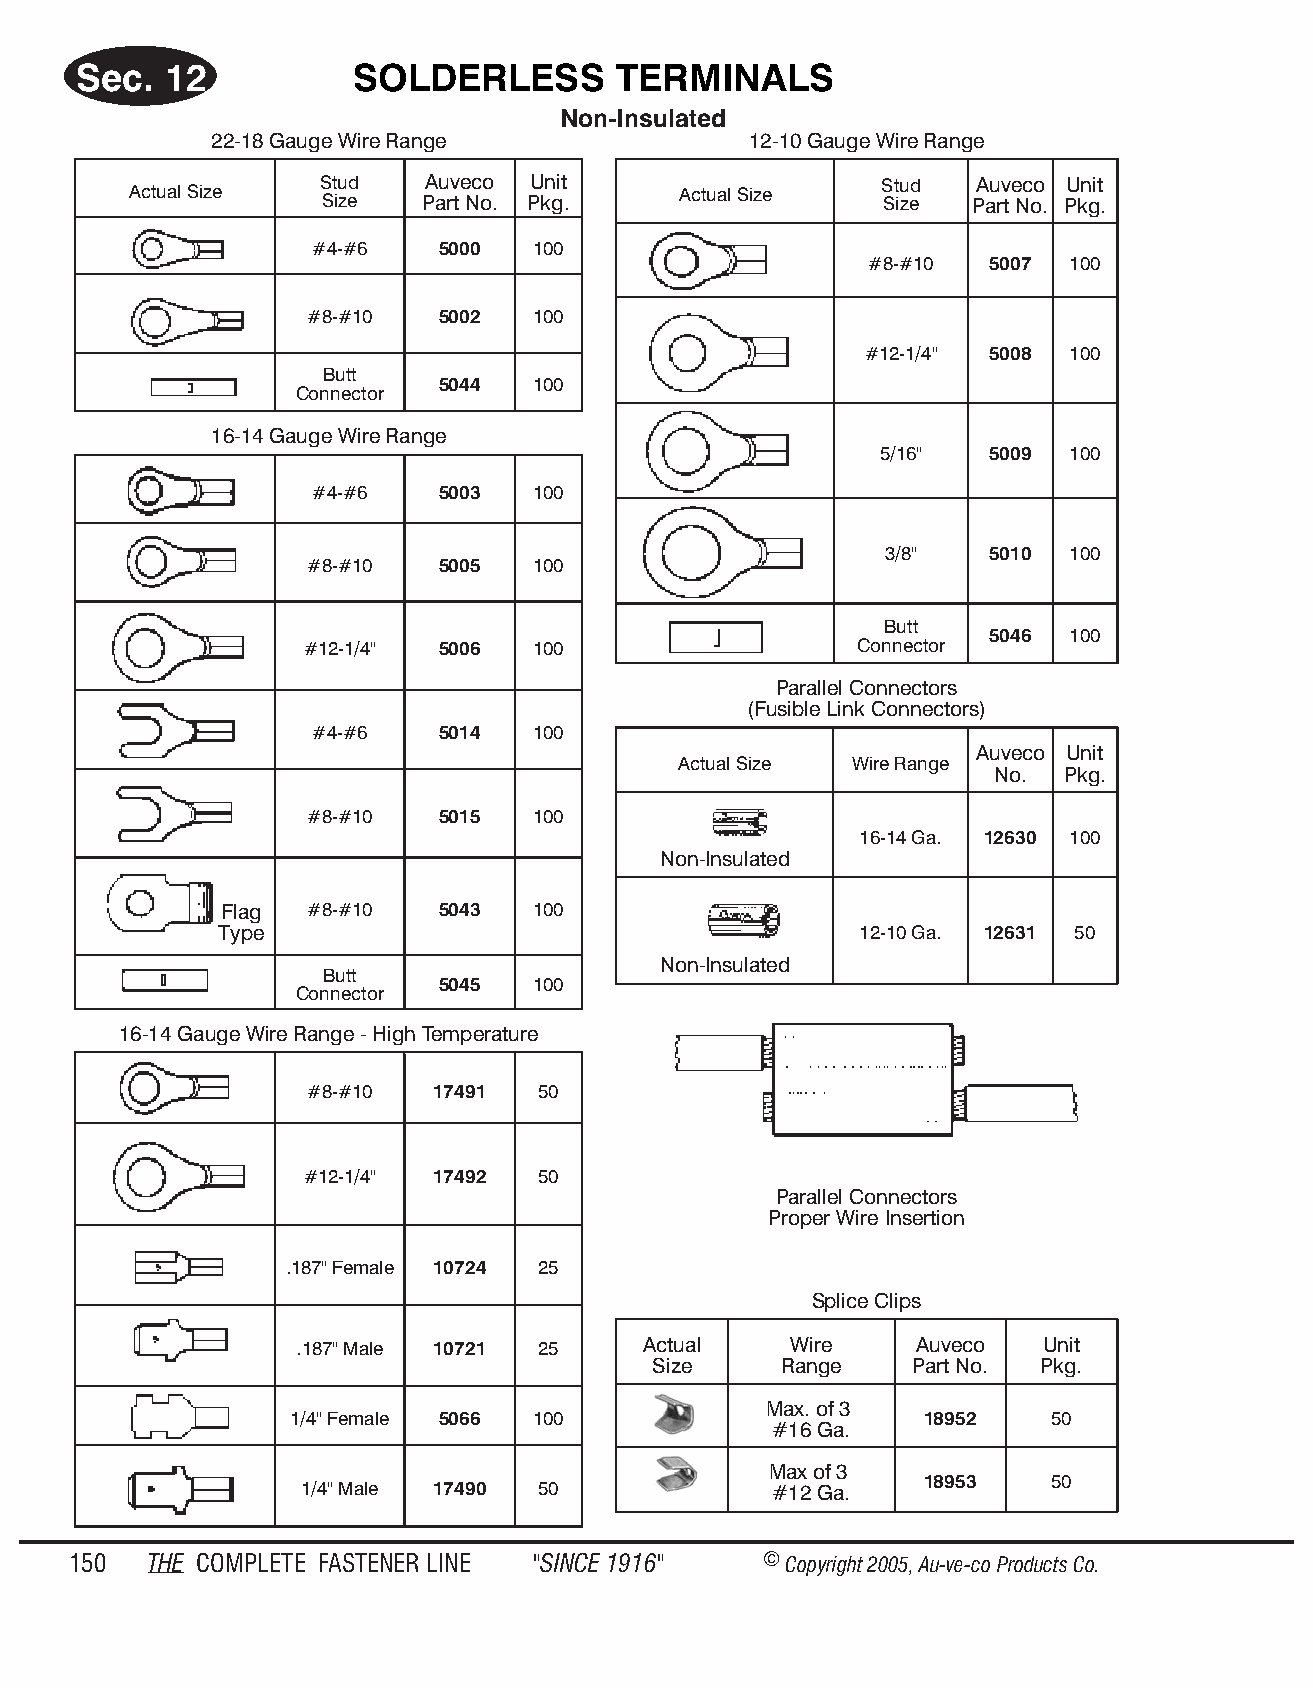
Sec.  12           SOLDERLESS       TER  MI NALS
 Non-In su lated
 22-18 Gauge Wire Range              12-10 Gauge Wire Range
 Stud   Auveco Unit                    Stud  Auveco Unit
 Actual Size                         Actual Size
 Size  Part No. Pkg.                  Size  Part No. Pkg.
 #4-#6   5000   100
 #8-#10  5007 100
 #8-#10  5002   100
 #12-1/4" 5008 100
 Butt
 5044   100
 Connector
 16-14 Gauge Wire Range
 5/16"   5009 100
 #4-#6   5003   100
 3/8"   5010 100
 #8-#10  5005   100
 Butt
 5046 100
 #12-1/4" 5006   100                  Connector
 Parallel Connectors
 (Fusible Link Connectors)
 #4-#6   5014   100
 Auveco Unit
 Actual Size Wire Range
 No.  Pkg.
 #8-#10  5015   100
 16-14 Ga. 12630 100
 Non-Insulated
 Flag  #8-#10  5043   100
 Type                                      12-10 Ga. 12631 50
 Non-Insulated
 Butt
 5045   100
 Connector
 16-14 Gauge Wire Range - High Temperature
 #8-#10  17491  50
 #12-1/4" 17492  50
 Parallel Connectors
 Proper Wire Insertion
 .187" Female 10724 25
 Splice Clips
 .187" Male 10721 25    Actual    Wire    Auveco  Unit
 Size     Range    Part No. Pkg.
 Max. of 3
 1/4" Female 5066 100                      18952    50
 #16 Ga.
 Max of 3
 18953    50
 1/4" Male 17490 50             #12 Ga.
 150  THE COM PLETE FAST ENER LINE "SINCE 1916" © Copyr ight 2005, Au-ve-co Produ cts Co.